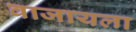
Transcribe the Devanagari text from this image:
वाजायला